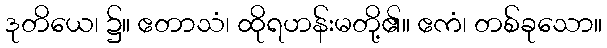
ဒုတိယေ၊ ၌။ ဧတာသံ၊ ထိုရဟန်းမတို့၏။ ဧကံ၊ တစ်ခုသော။